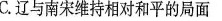
C.辽与南宋维持相对和平的局面